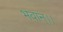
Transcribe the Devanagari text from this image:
भवान्।।